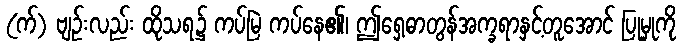
(က်) ဗျဉ်းလည်း ထိုသရ၌ ကပ်မြဲ ကပ်နေ၏၊ ဤရှေ့ဓာတွန်အက္ခရာနှင့်တူအောင် ပြုမှုကို